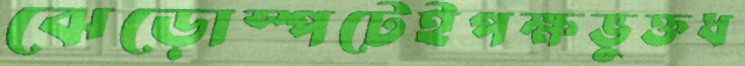
ঝেড়োস্পটেইপক্ষভুক্তধ